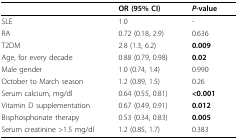
<table><thead><tr><td></td><td><b>OR (95% CI)</b></td><td><b><i>P</i>-value</b></td></tr></thead><tbody><tr><td>SLE</td><td>1.0</td><td>-</td></tr><tr><td>RA</td><td>0.72 (0.18, 2.9)</td><td>0.636</td></tr><tr><td>T2DM</td><td>2.8 (1.3, 6.2)</td><td><b>0.009</b></td></tr><tr><td>Age, for every decade</td><td>0.88 (0.79, 0.98)</td><td><b>0.02</b></td></tr><tr><td>Male gender</td><td>1.0 (0.74, 1.4)</td><td>0.990</td></tr><tr><td>October to March season</td><td>1.2 (0.89, 1.5)</td><td>0.26</td></tr><tr><td>Serum calcium, mg/dl</td><td>0.64 (0.55, 0.81)</td><td><b>&lt;0.001</b></td></tr><tr><td>Vitamin D supplementation</td><td>0.67 (0.49, 0.91)</td><td><b>0.012</b></td></tr><tr><td>Bisphosphonate therapy</td><td>0.53 (0.34, 0.83)</td><td><b>0.005</b></td></tr><tr><td>Serum creatinine &gt;1.5 mg/dl</td><td>1.2 (0.85, 1.7)</td><td>0.383</td></tr></tbody></table>